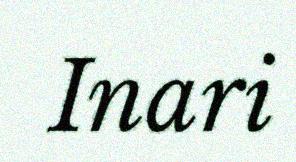
Inari